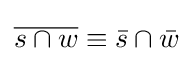
{\overline {s\cap w}}\equiv {\bar {s}}\cap {\bar {w}}